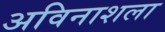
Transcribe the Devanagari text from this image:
अविनाशला